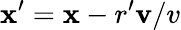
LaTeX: \mathbf{x}^{\prime}=\mathbf{x}-r^{\prime}\mathbf{v}/v